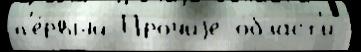
п'е́рвый Про́чиjе о́бласт'и